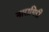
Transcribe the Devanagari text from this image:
नारागिरी